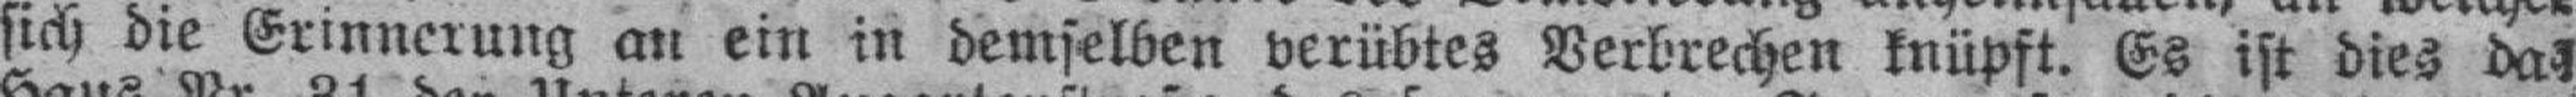
sich die Erinnerung an ein in demselben verübtes Verbrechen knüpft. Es ist dies das